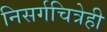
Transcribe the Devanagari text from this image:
निसर्गचित्रेही